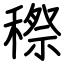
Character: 穄